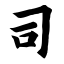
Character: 司